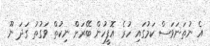
އެ ނުތަނަވަސް ކަމުގައި ހުރެ އޮފީހުން ބޭރަށް ނިކުތް ވަގުތު ގަދަ ނޫ